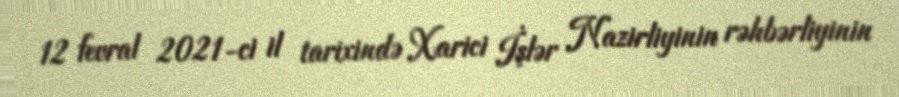
12 fevral 2021-ci il tarixində Xarici İşlər Nazirliyinin rəhbərliyinin